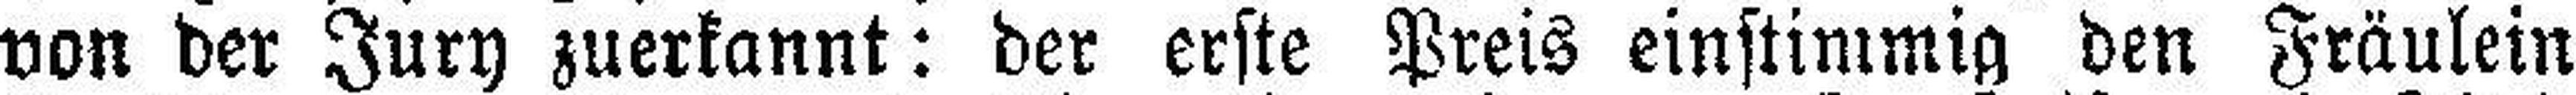
von der Jury zuerkannt: der erste Preis einstimmig den Fräulein